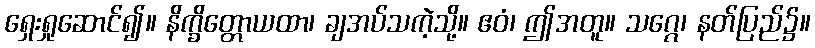
ရှေးရှုဆောင်၍။ နိက္ခိတ္တောယထာ၊ ချအပ်သကဲ့သို့။ ဧဝံ၊ ဤအတူ။ သဂ္ဂေ၊ နတ်ပြည်၌။